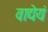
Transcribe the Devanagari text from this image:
वाद्येयं